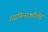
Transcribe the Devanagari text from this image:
डाइफिनाक्सीलेट